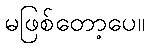
မဖြစ်တော့ပေ။